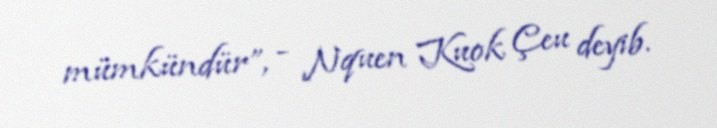
mümkündür”, - Nquen Kuok Çeu deyib.